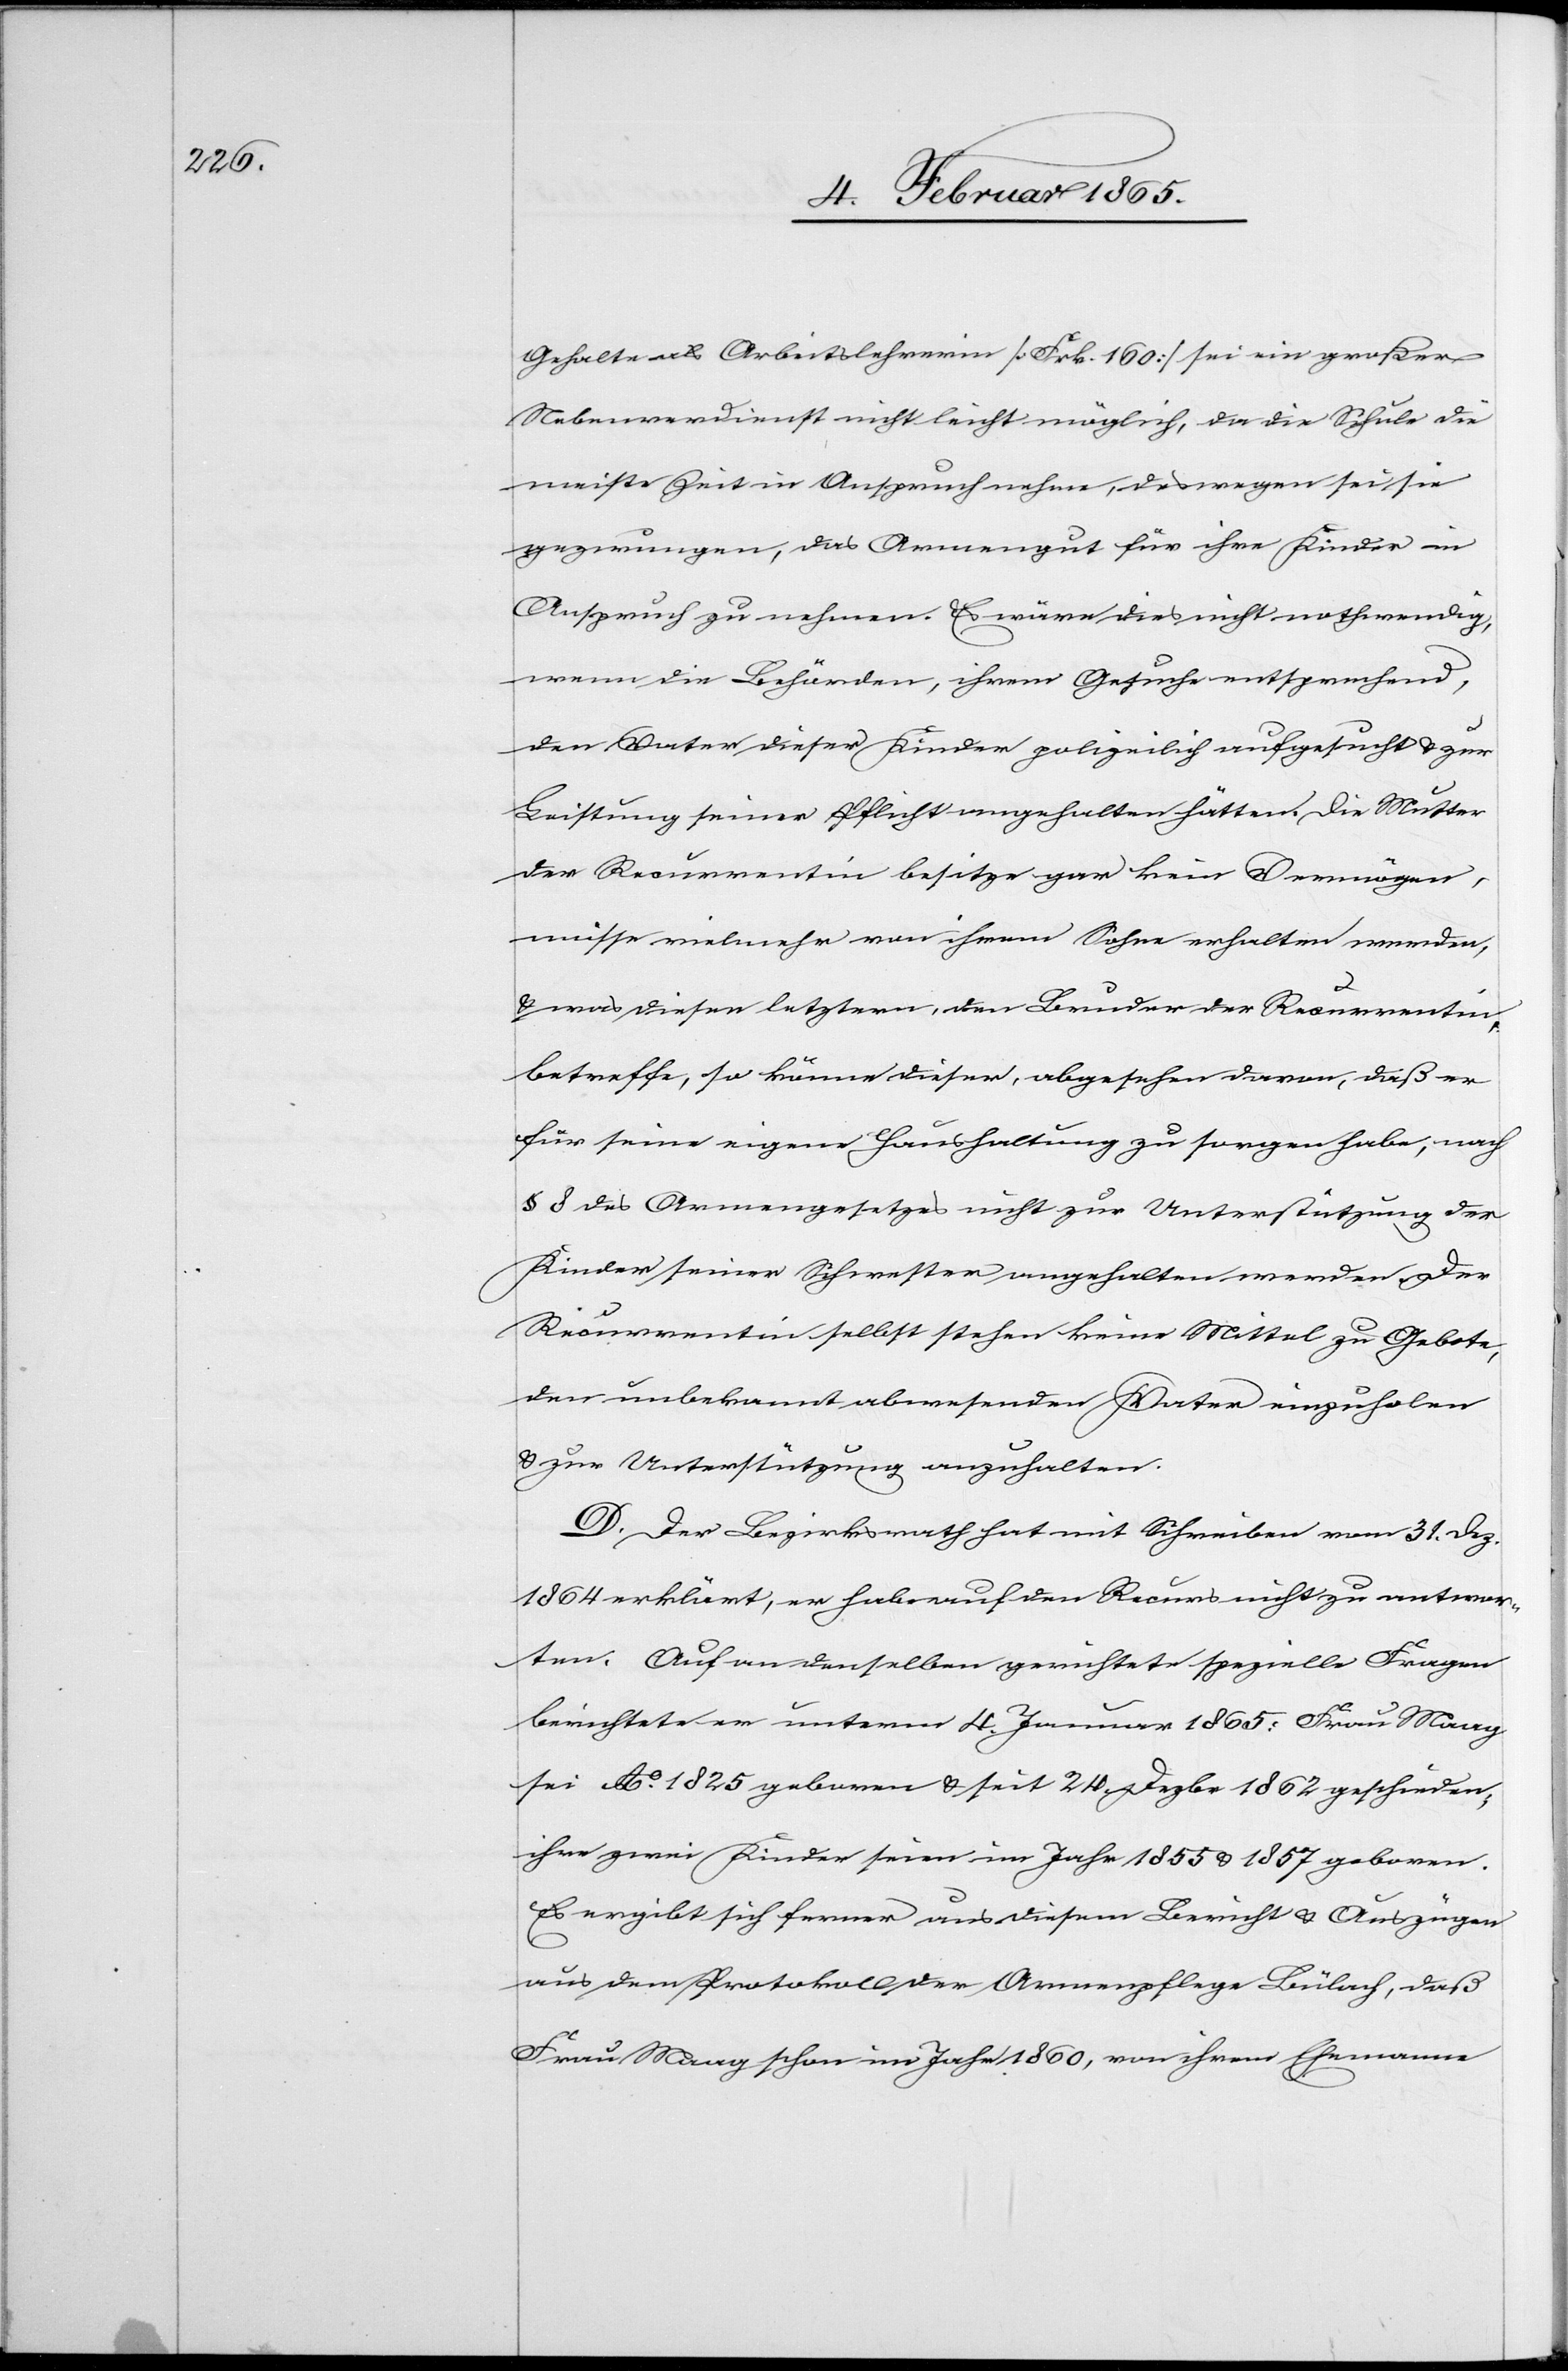
Gehalte als Arbeitslehrerin [Frk. 160] sei ein großer
Nebenverdienst nicht leicht möglich, da die Schule die
meiste Zeit in Anspruch nehme, deswegen sei sie
gezwungen, das Armengut für ihre Kinder in
Anspruch zu nehmen. Es wäre dies nicht nothwendig,
wenn die Behörden, ihrem Gesuche entsprechend,
den Vater dieser Kinder polizeilich aufgesucht u. zur
Leistung seiner Pflicht angehalten hätten. Die Mutter
der Recurrentin besitze gar kein Vermögen,
müsse vielmehr von ihrem Sohne erhalten werden,
u. was diesen letztern, den Bruder der Recurrentin,
betreffe, so könne dieser, abgesehen davon, daß er
für seine eigene Haushaltung zu sorgen habe, nach
§ 8 des Armengesetzes nicht zur Unterstützung der
Kinder seiner Schwester angehalten werden. Der
Recurrentin selbst stehen keine Mittel zu Gebote,
den unbekannt abwesenden Vater einzuholen
u. zur Unterstützung anzuhalten.
D. Der Bezirksrath hat mit Schreiben vom 31. Dez.
1864 erklärt, er habe auf den Recurs nicht zu antwor¬
ten. Auf an denselben gerichtete spezielle Fragen
berichtete er unterm 4. Januar 1865: Frau Maag
sei Ao 1825 geboren u. seit 24. Dezbr. 1862 geschieden,
ihre zwei Kinder seien im Jahr 1855 u. 1857 geboren.
Es ergibt sich ferner aus diesem Bericht u. Auszügen
aus dem Protokoll der Armenpflege Bülach, daß
Frau Maag schon im Jahr 1860, von ihrem Ehemanne